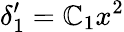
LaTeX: \delta_{1}^{\prime}=\mathbb{C}_{1}x^{2}